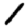
Digit: 1